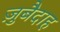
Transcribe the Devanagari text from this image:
ज़ुबैदाह